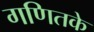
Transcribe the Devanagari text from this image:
गणितके